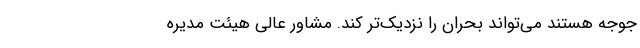
جوجه هستند می‌تواند بحران را نزدیک‌تر کند. مشاور عالی هیئت مدیره